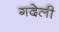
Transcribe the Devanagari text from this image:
गदेली